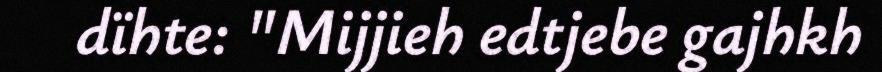
dïhte: "Mijjieh edtjebe gajhkh